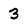
Character: 3